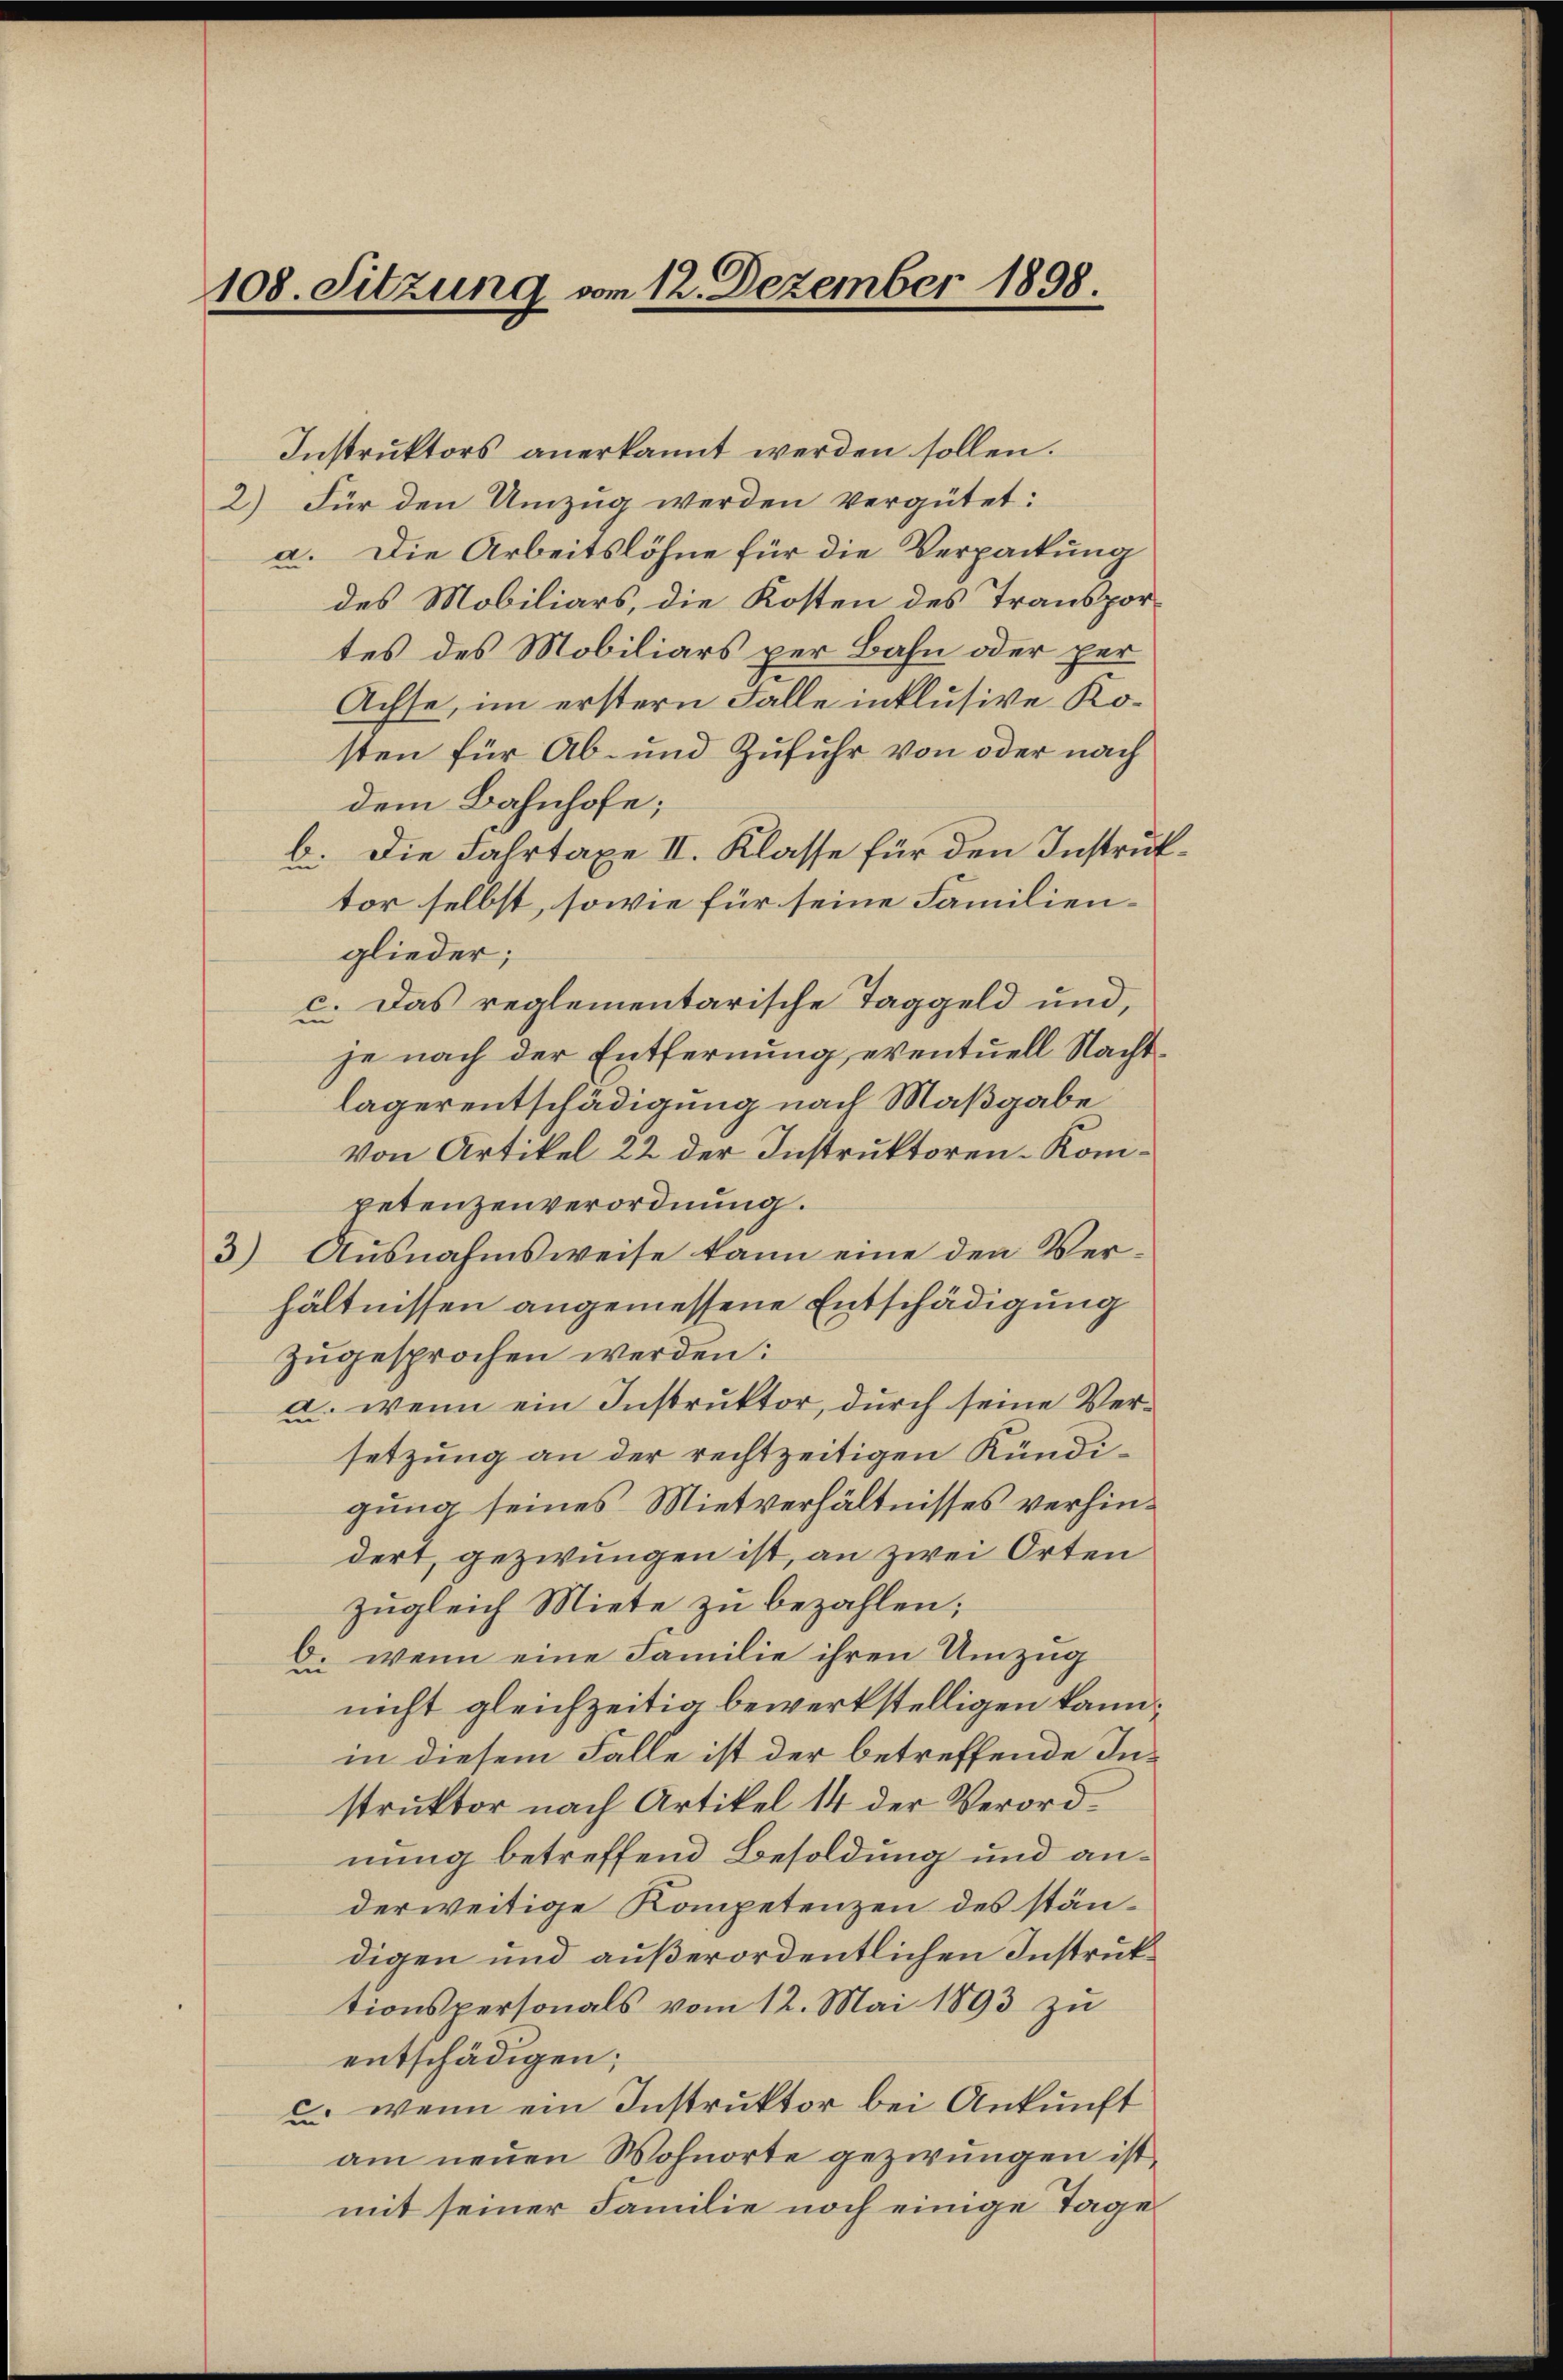
108. Sitzung vom 12. Dezember 1898

Instruktors anerkannt werden sollen.
2) Für den Umzug werden vergütet:
a. Die Arbeitslöhne für die Verpackung
des Mobiliars, die Kosten des Transportes des Mobiliars per Bahn oder per
Achse, im erstern Falle inklusive Kosten für Ab- und Zufuhr von oder nach
dem Bahnhofe;
b. Die Fahrtaxe II. Klasse für den Instruktor selbst, sowie für seine Familienglieder;
c. Das reglementarische Taggeld und,
je nach der Entfernung, eventuell Nachtlagerentschädigung nach Maßgabe
Von Artikel 22 der Instruktoren-Kompetenzenverordnung.
3) Ausnahmsweise kann eine den Verhältnissen angemessene Entschädigung
zugesprochen werden:
a. wenn ein Instruktor, durch seine Versetzung an der rechtzeitigen Kündigung seines Mietverhältnisses verhindert, gezwungen ist, an zwei Orten
zugleich Miete zu bezahlen;
b. wenn eine Familie ihren Umzug
nicht gleichzeitig bewerkstelligen kann,
in diesem Falle ist der betreffende Instruktor nach Artikel 14 der Verordnung betreffend Besoldung und anderweitige Kompetenzen des ständigen und außerordentlichen Instruktionspersonals vom 12. Mai 1893 zu
entschädigen;
c wenn ein Instruktor bei Ankunft
am neuen Wohnorte gezwungen ist,
mit seiner Familie noch einige Tage